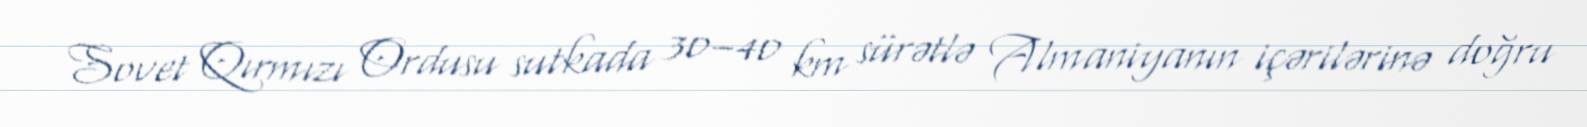
Sovet Qırmızı Ordusu sutkada 30–40 km sürətlə Almaniyanın içərilərinə doğru